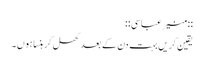
::منیر عباسی::
یقین کریں بہت دن کے بعد کھل کر ہنسا ہوں۔